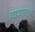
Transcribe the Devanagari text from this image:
व्यापारातला